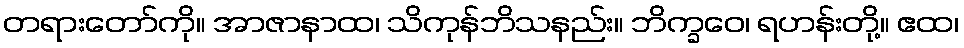
တရားတော်ကို။ အာဇာနာထ၊ သိကုန်ဘိသနည်း။ ဘိက္ခဝေ၊ ရဟန်းတို့။ ဧထ၊